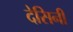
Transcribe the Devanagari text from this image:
देसिनी